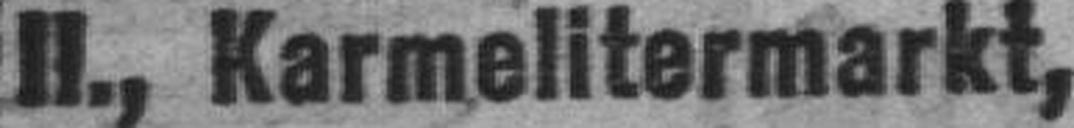
Il., Karmelitermarkt,